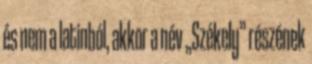
és nem a latinból, akkor a név „Székely” részének